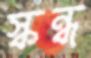
স্কন্ধ